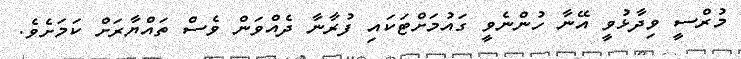
މުރްސީ ވިދާޅުވީ އޭނާ ހުންނެވީ ގައުމަށްޓަކައި ފުރާނާ ދެއްވަން ވެސް ތައްޔާރަށް ކަމަށެވެ.